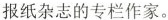
报纸杂志的专栏作家。